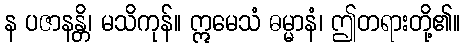
န ပဇာနန္တိ၊ မသိကုန်။ ဣမေသံ ဓမ္မာနံ၊ ဤတရားတို့၏။